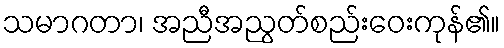
သမာဂတာ၊ အညီအညွတ်စည်းဝေးကုန်၏။